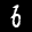
Label: 6